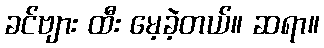
ခင်ဗျား ထီး မေ့ခဲ့တယ်။ ဆရာ။